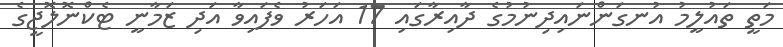
މަތީ ތައުލީމު އުނގަންނައިދިނުމުގެ ދާއިރާގައި 17 އަހަރު ވެފައިވާ އަދި ޒަމާނީ ޓެކްނޮލޮޖީގެ